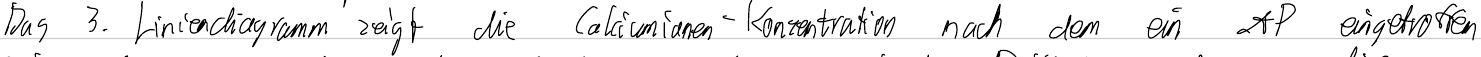
Das 3. Liniendiagramm zeigt die Calciumionen-Konzentration nach dem ein AP eingetroffen